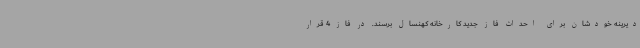
دیرینه خودشان برای احداث فاز جدید کارخانه کهنسال برسند. در فاز 4 قرار